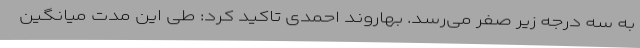
به سه درجه زیر صفر می‌رسد. بهاروند احمدی تاکید کرد: طی این مدت میانگین